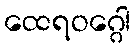
ထေရဝဂ္ဂေါ